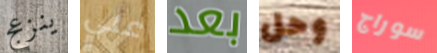
ينزعج علي بعد وحل سوراج